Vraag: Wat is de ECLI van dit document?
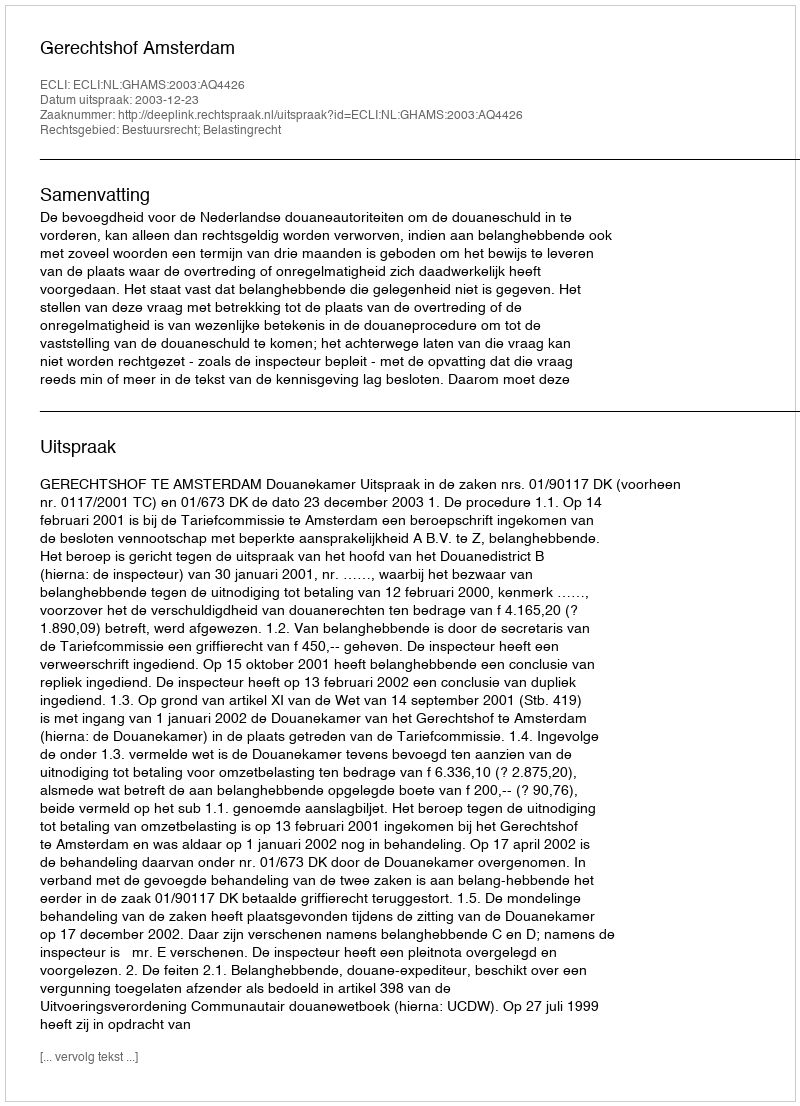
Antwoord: ECLI:NL:GHAMS:2003:AQ4426